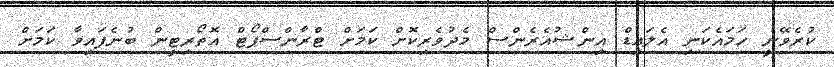
ކުރެވޭނީ ހަމައެކަނި އެލައިޑް އިންޝުއެރެންސް މެދުވެރިކޮށް ކަމަށް ޓްރާންސްޕޯޓް އޮތޯރިޓީން ބުނެފައިވާ ކަމަށް